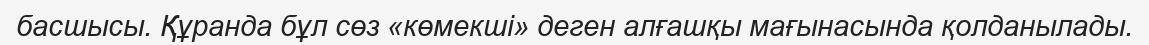
басшысы. Құранда бұл сөз «көмекші» деген алғашқы мағынасында қолданылады.